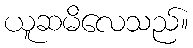
ယူဆမိလေသည်။